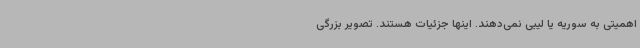
اهمیتی به سوریه یا لیبی نمی‌دهند. اینها جزئیات هستند. تصویر بزرگی